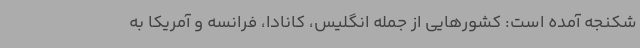
شکنجه آمده است: کشورهایی از جمله انگلیس، کانادا، فرانسه و آمریکا به